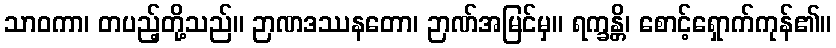
သာဝကာ၊ တပည့်တို့သည်။ ဉာဏဒဿနတော၊ ဉာဏ်အမြင်မှ။ ရက္ခန္တိ၊ စောင့်ရှောက်ကုန်၏။